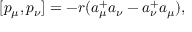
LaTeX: [ p _ { \mu } , p _ { \nu } ] = - r ( a _ { \mu } ^ { + } a _ { \nu } - a _ { \nu } ^ { + } a _ { \mu } ) ,